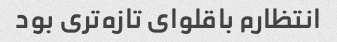
انتظارم باقلوای تازه‌تری بود